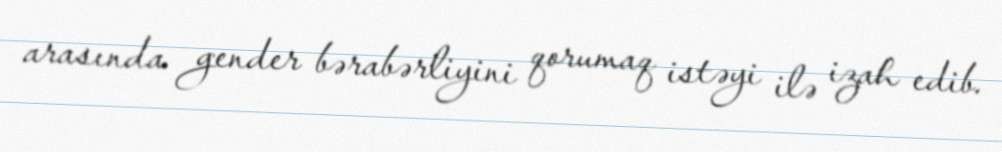
arasında gender bərabərliyini qorumaq istəyi ilə izah edib.